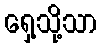
ရှေ့သို့သာ